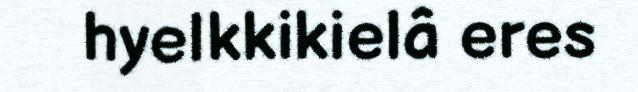
hyelkkikielâ eres